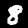
Digit: 8